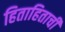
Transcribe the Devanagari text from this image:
हिताहिताची